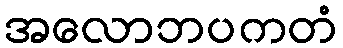
အလောဘပကတံ